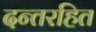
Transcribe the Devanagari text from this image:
दन्तरहित